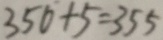
3 5 0 + 5 = 3 5 5